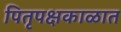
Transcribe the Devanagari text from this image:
पितृपक्षकाळात